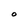
Character: O